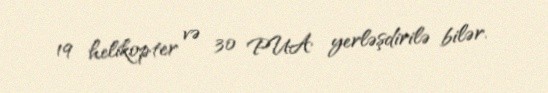
19 helikopter və 30 PUA yerləşdirilə bilər.